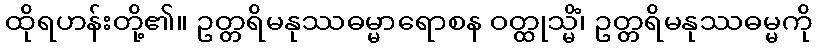
ထိုရဟန်းတို့၏။ ဥတ္တရိမနုဿဓမ္မာရောစန ဝတ္ထုသ္မိံ၊ ဥတ္တရိမနုဿဓမ္မကို